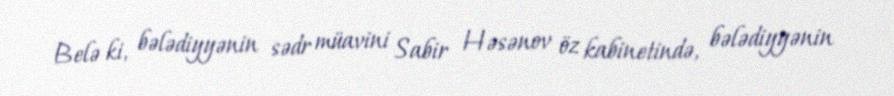
Belə ki, bələdiyyənin sədr müavini Sabir Həsənov öz kabinetində, bələdiyyənin